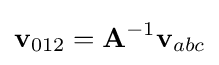
\mathbf {v} _{012}={\textbf {A}}^{-1}\mathbf {v} _{abc}